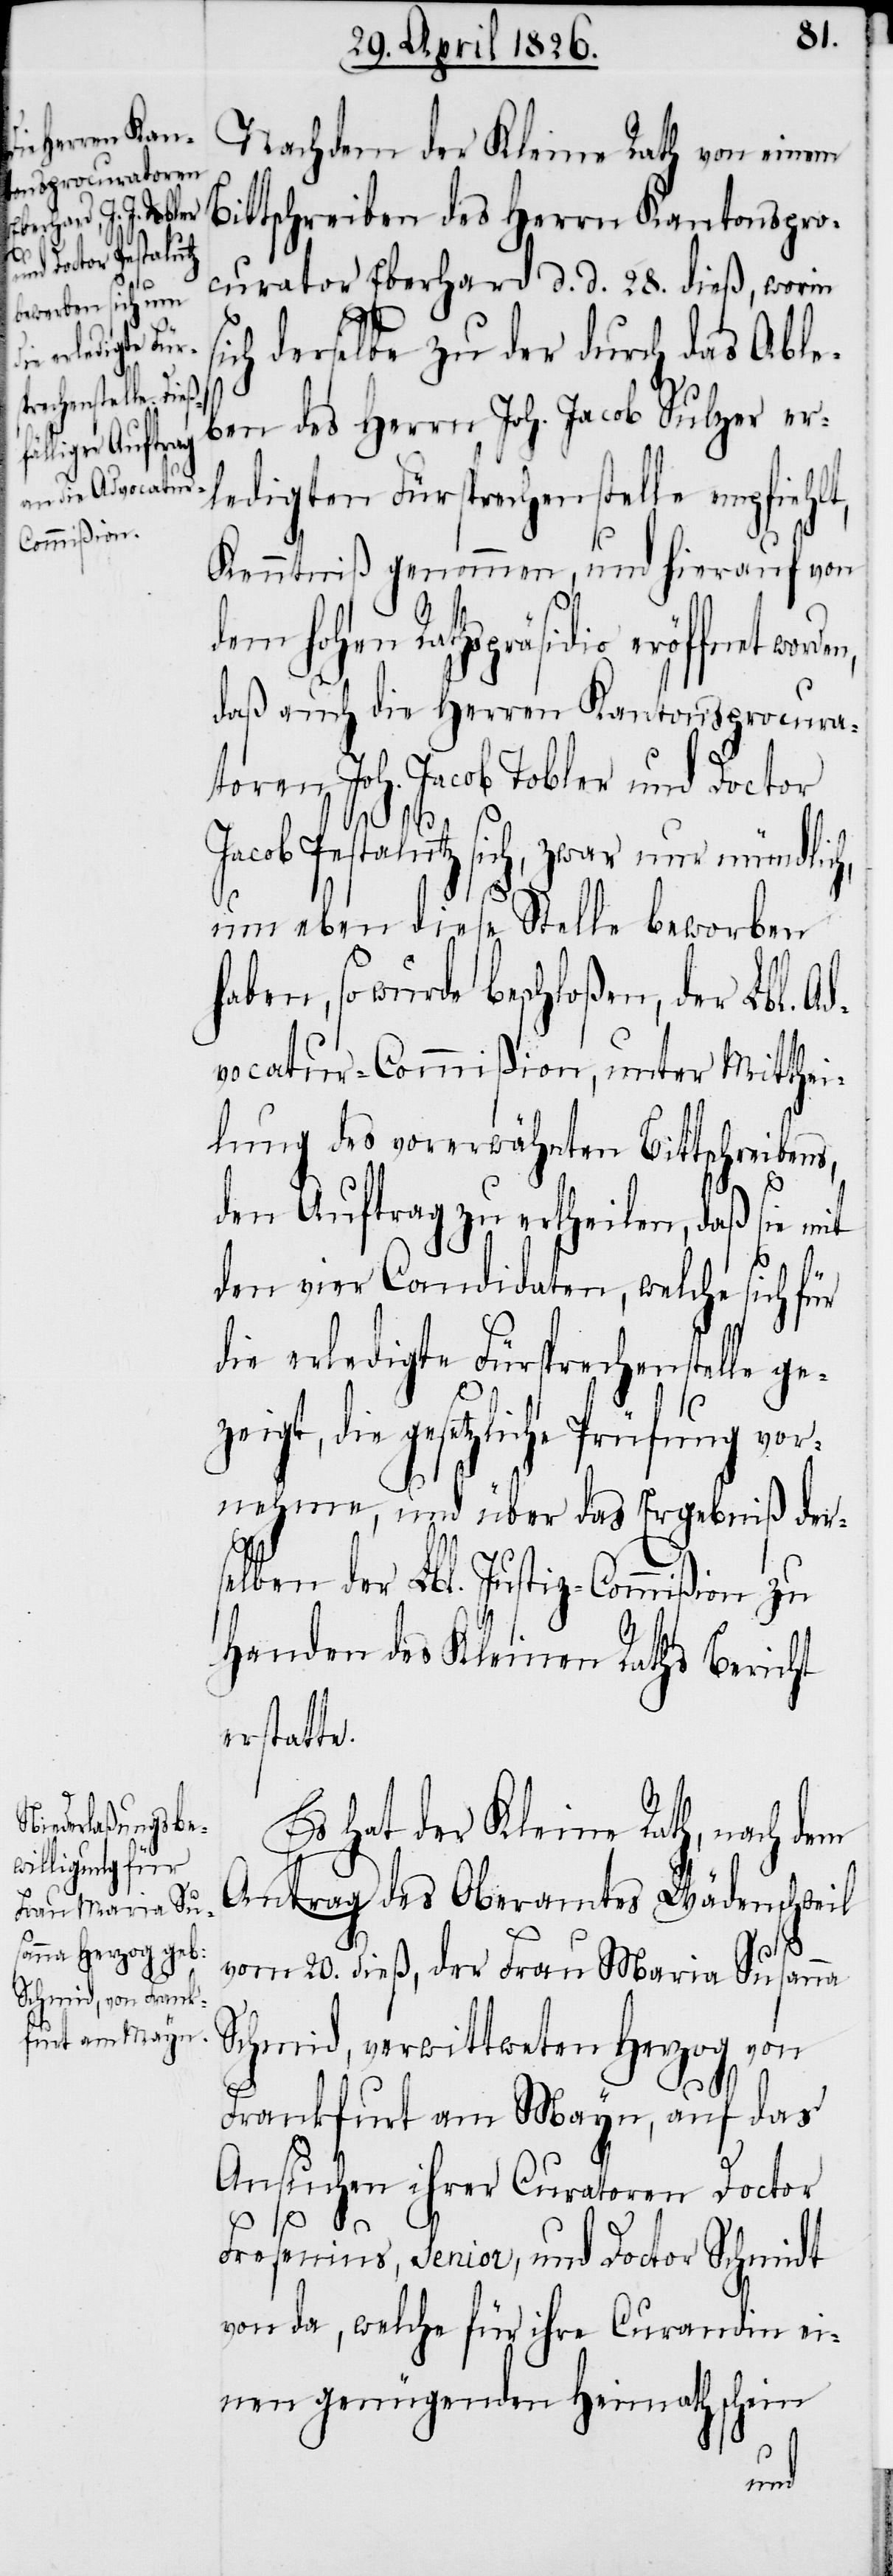
Ad¬

Nachdem der Kleine Rath von einem
Bittschreiben des Herrn Kantonspro¬
curator Eberhard d. d. 28. dieß, worin
ich derselbe zu der durch das Able¬
ben des Herrn Joh. Jacob Sulzer er¬
ledigten Fürsprechenstelle empfiehlt,
Kenntniß genommen, und hierauf von
dem hohen Rathspräsidio eröffnet
daß auch die Herren Kantonsprocura¬
toren Joh. Jacob Tobler und Doctor
Jacob Pestalutz sich, zwar nur mündlich,
um eben diese Stelle beworben
haben, so wurde beschloßen, der Lbl.
vocatur-Commißion, unter Mitthei¬
lung des vorerwähnten Bittschreibens,
den Auftrag zu ertheilen, das sie mit
den vier Candidaten, welche sich für
die erledigte Fürsprechenstelle ge¬
zeigt, die gesetzliche Prüfung vor¬
nehmen, und über das Ergebniß der¬
selben der Lbl. Justiz-Commißion zu
Handen des Kleinen Raths Bericht
erstatte.
Es hat der Kleine Rath, nach dem
Antrag des Oberamtes Wädenschweil
s¬
vom 20. dieß, der Frau Maria Susanna
Schmid, verwittweten Herzog von
Frankfurt am Mayn, auf das
Ansuchen ihrer Curatoren Doctor
Frosenius, Senior, und Doctor Schmidt
von da, welche für ihre Curandin ei¬
nen genügenden Heimathschein